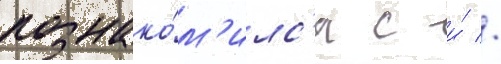
познако́м'илс'я с и́ //